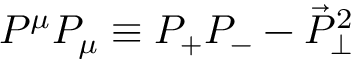
P ^ { \mu } P _ { \mu } \equiv P _ { + } P _ { - } - \vec { P } _ { \perp } ^ { 2 }